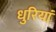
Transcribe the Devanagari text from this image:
धुरियां